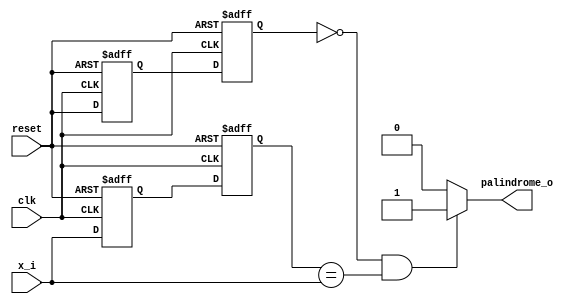
module palindrome3b (
  input   wire        clk,
  input   wire        reset,

  input   wire        x_i,

  output  wire        palindrome_o
);

	assign palindrome_o = ((!res1) && pipe1 == x_i) ? 1 : 0;
	
	// Write your logic here...
	reg  pipe0;	
	reg  pipe1;
	reg  res0;
	reg  res1;
	
	always @ (posedge clk or posedge reset) begin 
		if (reset) begin 
			pipe0 <= 0;
		    pipe1 <= 0;
			res0  <= 1;
			res1  <= 1;
		end else begin 
			res0  <= reset;
			res1  <= res0;
			pipe0 <= x_i;
			pipe1 <= pipe0;
		end 
	end 

endmodule